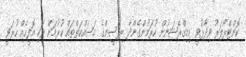
ކޮންޓްރޯލަރު ވިދާޅުވީ އިމިގްރޭޝަނުން ކުރަމުންގެންދާ ބިދޭސީންގެ މަސައްކަތްތައް ކުރުމަށް ވަކި އޮފީހެއް ހުރަވީ